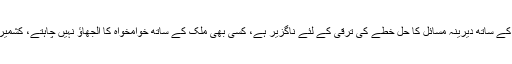
پاک ہند تعلقات پر عمران خان نے کہا کہ ہندوستان کے ساتھ دیرینہ مسائل کا حل خطے کی ترقی کے لئے ناگزیر ہے، کسی بھی ملک کے ساتھ خوامخواہ کا الجھاؤ نہیں چاہتے، کشمیریوں سے زیادتیوں کو ہر فورم پر اجاگر کریں گے۔